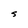
Character: S